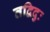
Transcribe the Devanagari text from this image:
तद्विदुः